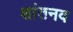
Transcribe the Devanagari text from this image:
शांतनव